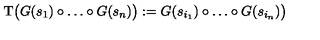
\mathrm { T } \bigl ( G ( s _ { 1 } ) \circ \dots \circ G ( s _ { n } ) \bigr ) : = G ( s _ { i _ { 1 } } ) \circ \dots \circ G ( s _ { i _ { n } } ) \bigr )